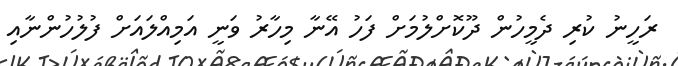
ރަހީނު ކުރި ދެމީހުން ދޫކޮށްލުމަށް ފަހު އޭނާ މިހާރު ވަނީ އަމިއްލައަށް ފުލުހުންނާއި